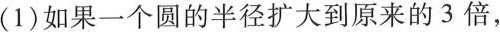
(1)如果一个圆的半径扩大到原来的3倍，